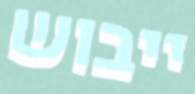
ייבוש